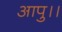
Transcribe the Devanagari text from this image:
आपु।।